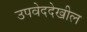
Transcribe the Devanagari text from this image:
उपवेददेखील